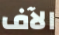
الآف